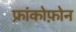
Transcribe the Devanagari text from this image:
फ्रांकोफ़ोन